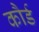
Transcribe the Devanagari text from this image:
कौर्ड